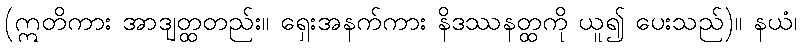
(ဣတိကား အာဒျတ္ထတည်း။ ရှေးအနက်ကား နိဒဿနတ္ထကို ယူ၍ ပေးသည်)။ နယံ၊